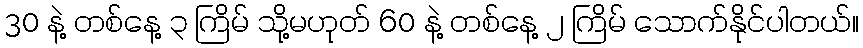
30 နဲ့ တစ်နေ့ ၃ ကြိမ် သို့မဟုတ် 60 နဲ့ တစ်နေ့ ၂ ကြိမ် သောက်နိုင်ပါတယ်။